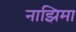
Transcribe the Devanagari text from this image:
नाझिमा